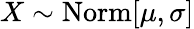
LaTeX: X\sim\operatorname{Norm}[\mu,\sigma]